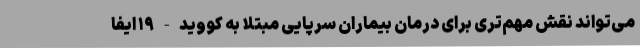
می‌تواند نقش مهم‌تری برای درمان بیماران سرپایی مبتلا به کووید-۱۹ ایفا